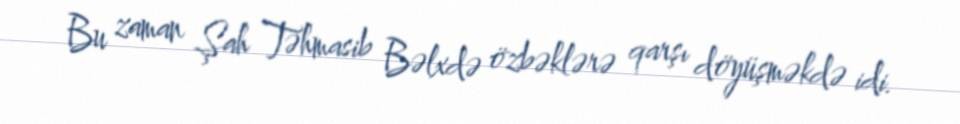
Bu zaman Şah Təhmasib Bəlxdə özbəklərə qarşı döyüşməkdə idi.